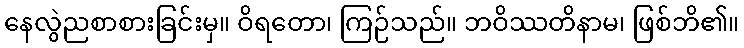
နေလွဲညစာစားခြင်းမှ။ ဝိရတော၊ ကြဉ်သည်။ ဘဝိဿတိနာမ၊ ဖြစ်ဘိ၏။